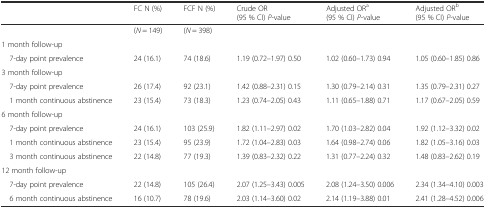
<table><thead><tr><td></td><td><b>FC N (%)</b></td><td><b>FCF N (%)</b></td><td><b>Crude OR (95 % CI) <i>P</i>-value</b></td><td><b>Adjusted OR<sup>a</sup> (95 % CI) <i>P</i>-value</b></td><td><b>Adjusted OR<sup>b</sup> (95 % CI) <i>P</i>-value</b></td></tr></thead><tbody><tr><td></td><td>(<i>N</i> = 149)</td><td>(<i>N</i> = 398)</td><td></td><td></td><td></td></tr><tr><td>1 month follow-up</td><td></td><td></td><td></td><td></td><td></td></tr><tr><td> 7-day point prevalence</td><td>24 (16.1)</td><td>74 (18.6)</td><td>1.19 (0.72–1.97) 0.50</td><td>1.02 (0.60–1.73) 0.94</td><td>1.05 (0.60–1.85) 0.86</td></tr><tr><td>3 month follow-up</td><td></td><td></td><td></td><td></td><td></td></tr><tr><td> 7-day point prevalence</td><td>26 (17.4)</td><td>92 (23.1)</td><td>1.42 (0.88–2.31) 0.15</td><td>1.30 (0.79–2.14) 0.31</td><td>1.35 (0.79–2.31) 0.27</td></tr><tr><td> 1 month continuous abstinence</td><td>23 (15.4)</td><td>73 (18.3)</td><td>1.23 (0.74–2.05) 0.43</td><td>1.11 (0.65–1.88) 0.71</td><td>1.17 (0.67–2.05) 0.59</td></tr><tr><td>6 month follow-up</td><td></td><td></td><td></td><td></td><td></td></tr><tr><td> 7-day point prevalence</td><td>24 (16.1)</td><td>103 (25.9)</td><td>1.82 (1.11–2.97) 0.02</td><td>1.70 (1.03–2.82) 0.04</td><td>1.92 (1.12–3.32) 0.02</td></tr><tr><td> 1 month continuous abstinence</td><td>23 (15.4)</td><td>95 (23.9)</td><td>1.72 (1.04–2.83) 0.03</td><td>1.64 (0.98–2.74) 0.06</td><td>1.82 (1.05–3.16) 0.03</td></tr><tr><td> 3 month continuous abstinence</td><td>22 (14.8)</td><td>77 (19.3)</td><td>1.39 (0.83–2.32) 0.22</td><td>1.31 (0.77–2.24) 0.32</td><td>1.48 (0.83–2.62) 0.19</td></tr><tr><td>12 month follow-up</td><td></td><td></td><td></td><td></td><td></td></tr><tr><td> 7-day point prevalence</td><td>22 (14.8)</td><td>105 (26.4)</td><td>2.07 (1.25–3.43) 0.005</td><td>2.08 (1.24–3.50) 0.006</td><td>2.34 (1.34–4.10) 0.003</td></tr><tr><td> 6 month continuous abstinence</td><td>16 (10.7)</td><td>78 (19.6)</td><td>2.03 (1.14–3.60) 0.02</td><td>2.14 (1.19–3.88) 0.01</td><td>2.41 (1.28–4.52) 0.006</td></tr></tbody></table>